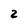
Character: z